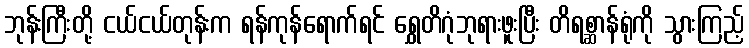
ဘုန်းကြီးတို့ ငယ်ငယ်တုန်းက ရန်ကုန်ရောက်ရင် ရွှေတိဂုံဘုရားဖူးပြီး တိရစ္ဆာန်ရုံကို သွားကြည့်